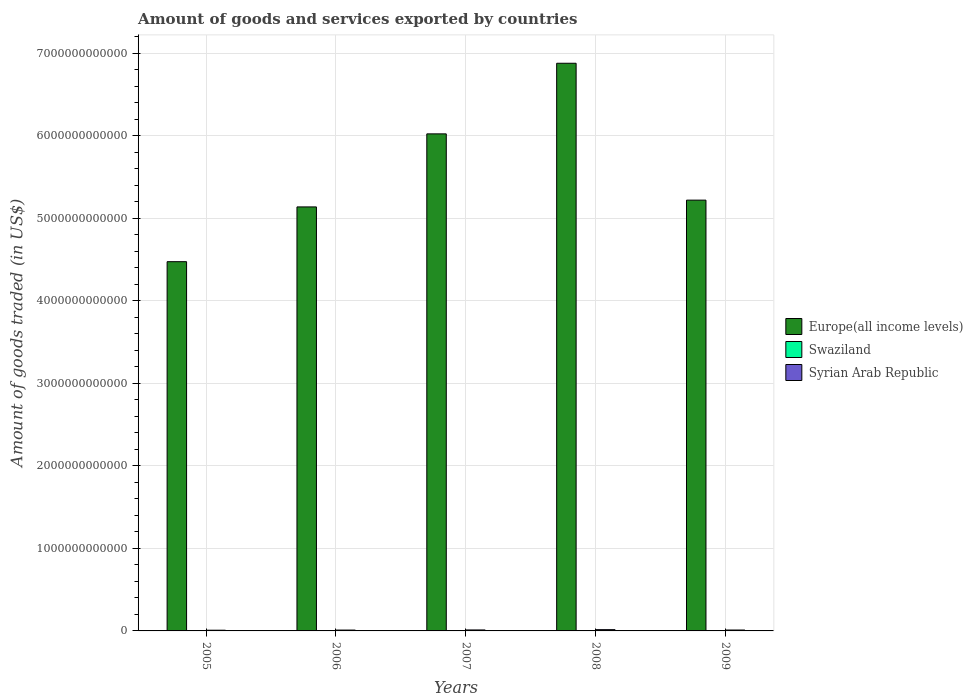
| Years | Europe(all income levels) | Swaziland | Syrian Arab Republic |
 | --- | --- | --- | --- |
 | 2005 | 4.47e+12 | 1.6e+09 | 8.6e+09 |
 | 2006 | 5.14e+12 | 1.56e+09 | 1.02e+10 |
 | 2007 | 6.02e+12 | 1.63e+09 | 1.18e+10 |
 | 2008 | 6.88e+12 | 1.49e+09 | 1.53e+10 |
 | 2009 | 5.22e+12 | 1.56e+09 | 1.09e+10 |